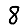
Digit: 8